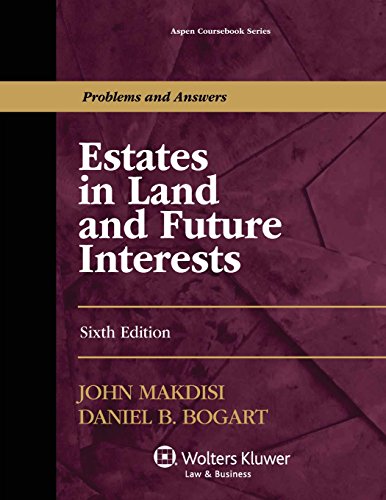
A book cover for Estates in Land and Future Interests, Sixth Edition (Aspen Coursebook); John Makdisi; Law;